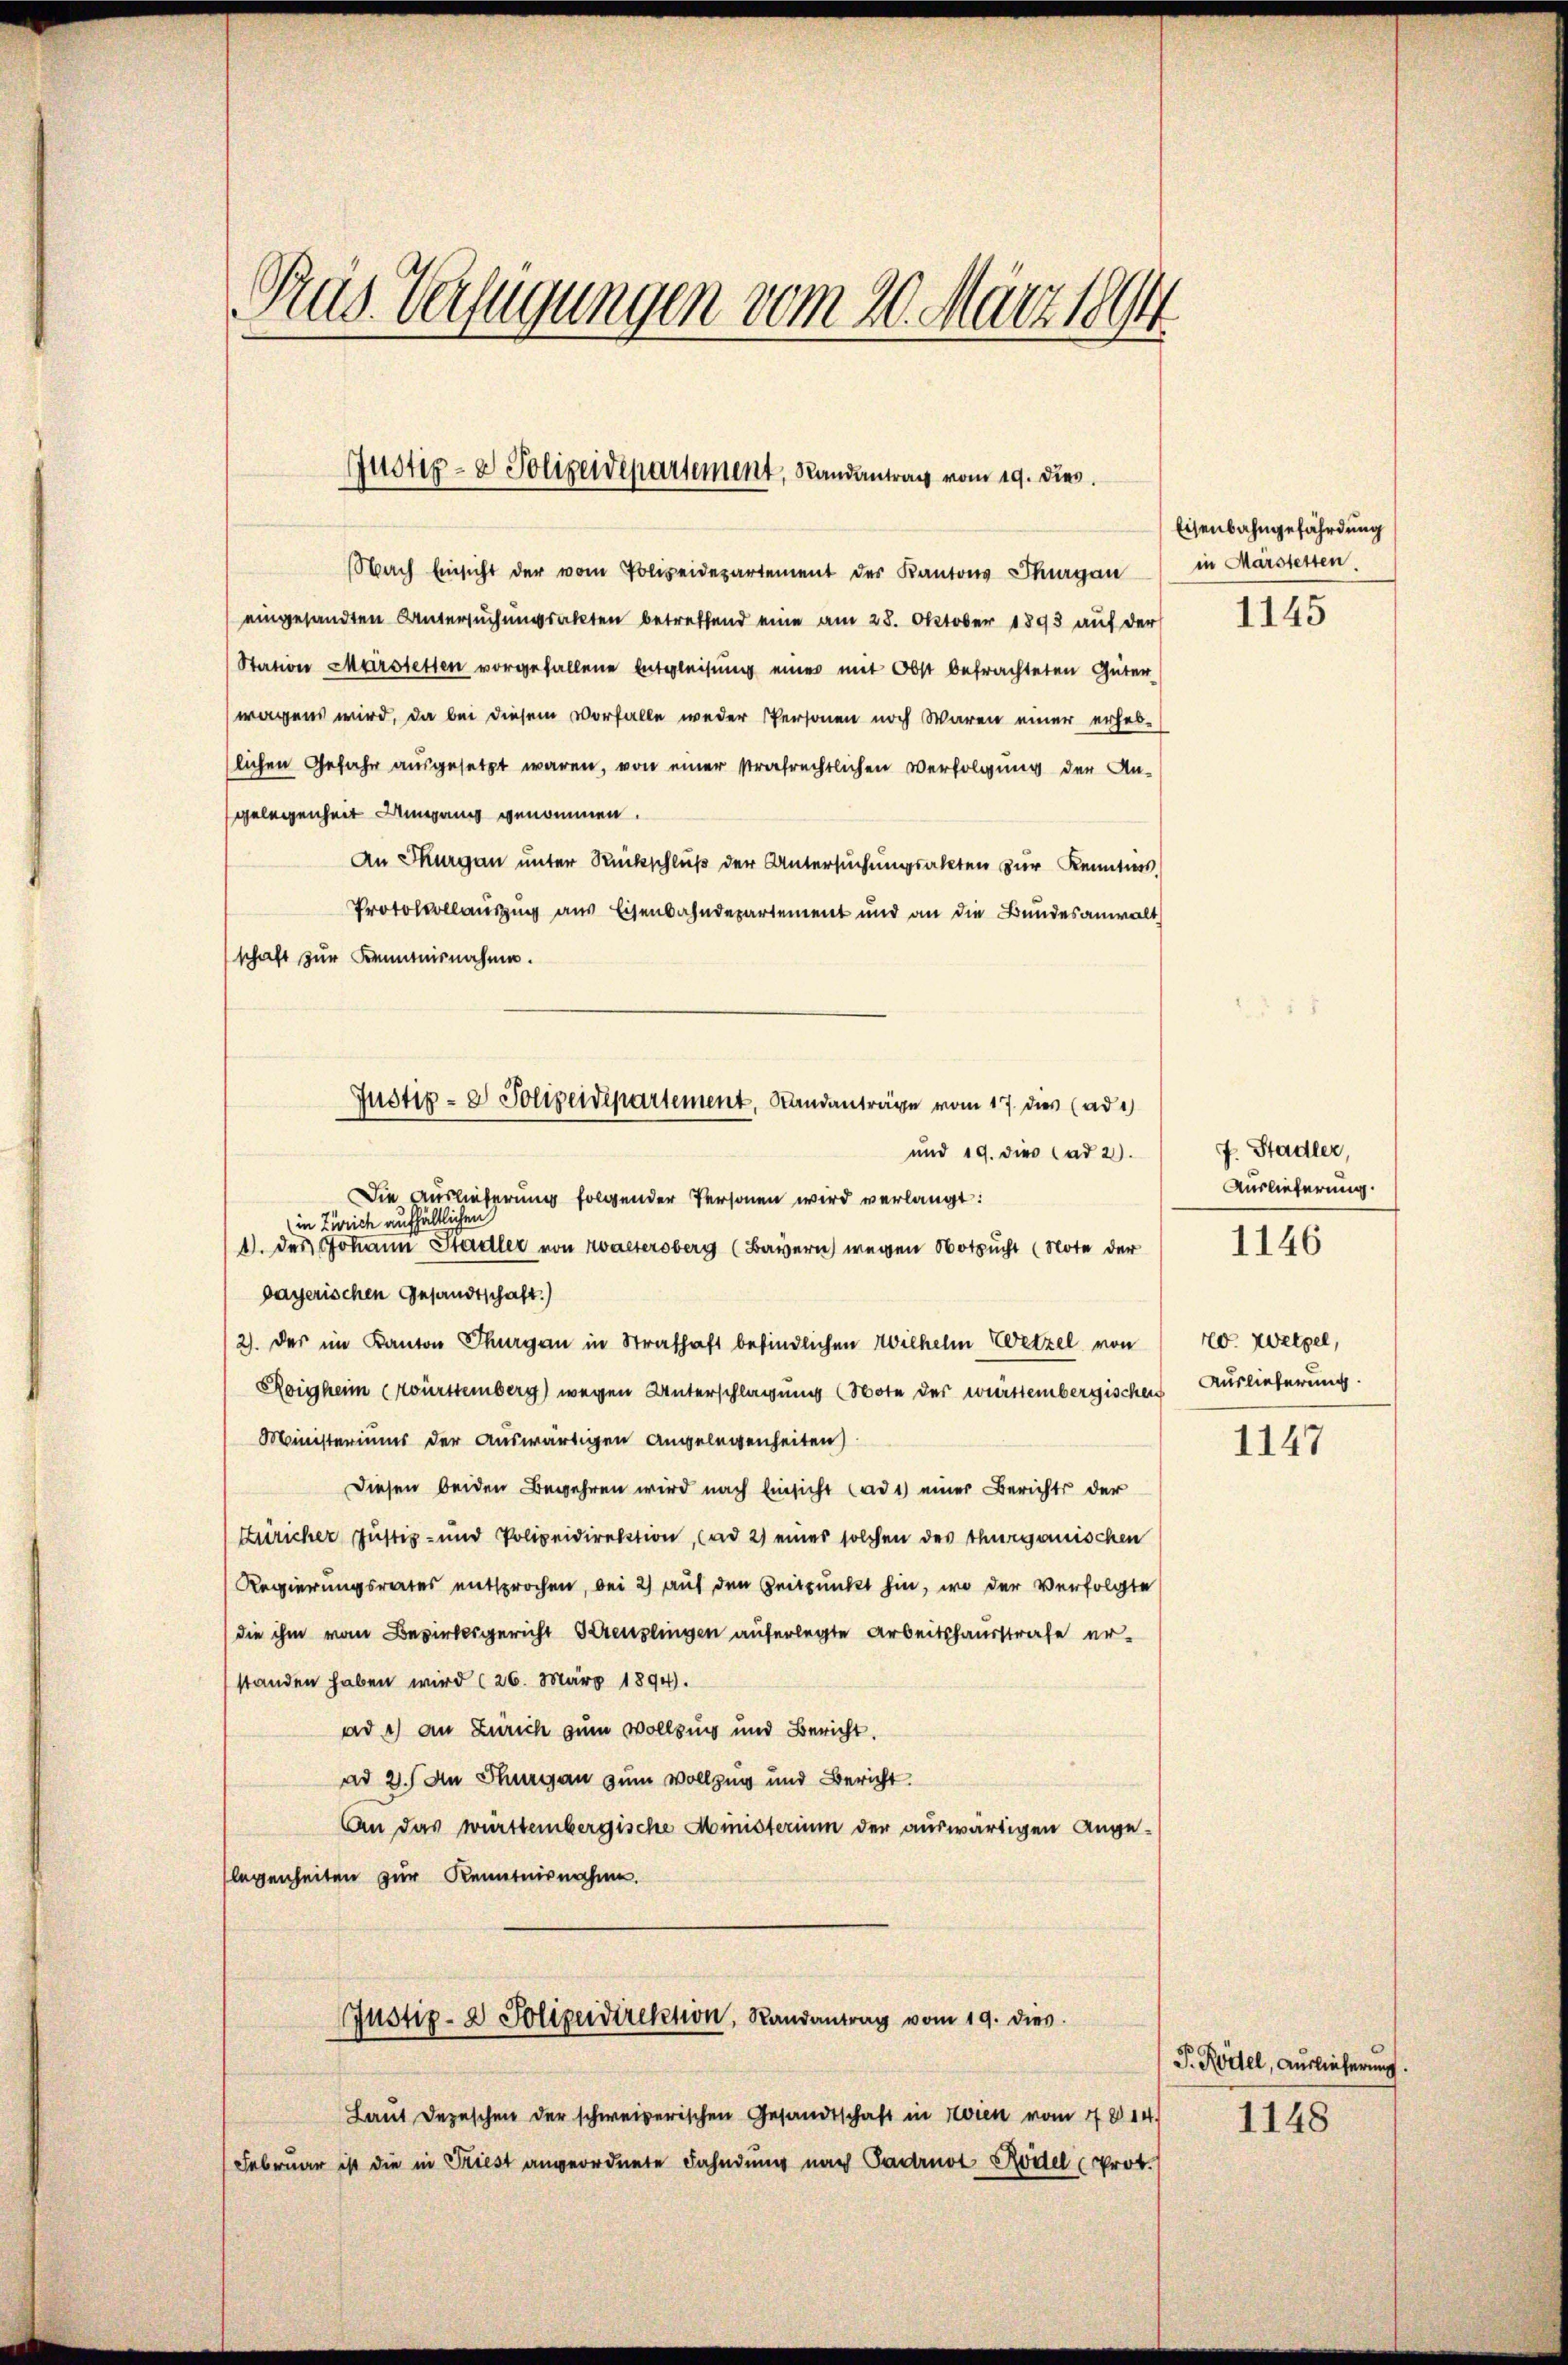
Das Verfügungen vom 20. März 1894

Nach Einsicht der vom Polizeidepartement des Kantons Thurgau

eingesandten Untersuchungsakten betreffend eine am 28. Oktober 1893 auf der
Station Marstetten vorgefallene Entgleisung einer mit Obst betrachteten Güter
wagens wird, da bei diesem vorfalle weder Personen noch waren einer erheb-
lichen Gefahr ausgesetzt waren, von einer strafrechtlichen Verfolgung der An-
gelegenheit Umgang genommen.
An Thurgau unter Rückschluß der Untersuchungsakten zur Kenntnis
Protokollauszug aus Eisenbahndepartement und an die Bundesanwalt
schaft zur Kenntnisnahme.
Die Auslieferung folgender Personen wird verlangt:
(in Zürich aufhältlichen
1. des Johann Stadler von Kaltersberg (Bayern) wegen Notzucht (Note der
bayerischen Gesandtschaft)
2). Der im Kanton Thurgau in Strafhaft befindlichen Wilhelm Wetzel von
Roigheim (zwürttemberg) wegen Unterschlagung (Note der württembergischen Auslieferung.
Ministeriums der auswärtigen Angelegenheiten)
Diesen beiden Begehren wird nach Einsicht (ad 1) einer Berichts der
Züricher Justiz- und Polizeidirektion, (ad 2) eines solchen des Thurgauischen
Regierungsrates entsprochen, bei 2) auf den Zeitpunkt hin, wo der verfolgte
die ihm vom Bezirksgericht Kreuzlingen auferlegte Arbeitshausstrafe erstanden haben wird (26. März 1894.
ad c) an Zürich zum Vollzug und Bericht.
ad 2.) An Thurgau zum Vollzug und Bericht.
An das württembergische Ministerium der auswärtigen Ange-
legenheiten zur Kenntnisnahme.
Justiz- & Polizeidirektion, Randantrag vom 19. dies
Laut Depeschen der schweizerischen Gesandtschaft in Noien vom 1814.
Februar ist die in Triest angeordnete Fahndung nach Padruot Rodel (Prot.

Justiz- & Polizeidepartement, Randantrag vom 19. dies

Justiz- & Polizeidepartement, Standanträge vom 17. dies (ad.)
und 19. dies ad 2.

Eisenbahngefährdung
in Märstetten
1145

f. Stadler,
Auslieferung.
1146

20. Weigel,

1147

J. Rödel, Auslieferung.

1148